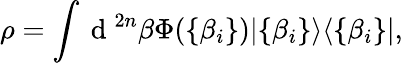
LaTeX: \rho=\int\mathrm{~d~}^{2n}\beta\Phi(\{ \beta_{i}\} )|\{ \beta_{i}\} \rangle\langle\{ \beta_{i}\} |,